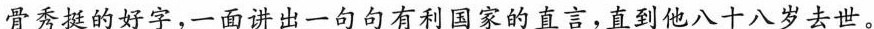
骨秀挺的好字，一面讲出一句句有利国家的直言，直到他八十八岁去世。